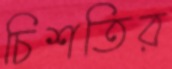
চিশতির